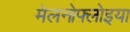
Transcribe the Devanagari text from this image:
मेलनोफ्लोइया